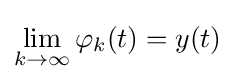
\lim _{k\to \infty }\varphi _{k}(t)=y(t)